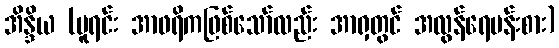
အိန္ဒိယ (မူရင်း အာဖရိကဖြစ်သော်လည်း အာရှတွင် အလွန်ရေပန်းစား)